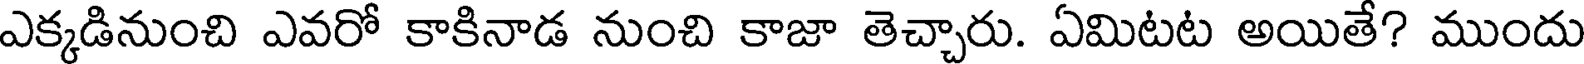
ఎక్కడినుంచి ఎవరో కాకినాడ నుంచి కాజా తెచ్చారు. ఏమిటట అయితే? ముందు